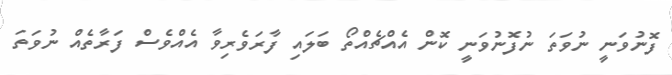
ފޮނުވަނީ ނުވަތަ ނުފޮނުވަނީ ކޮން އެއްޗެއްތޯ ބަލައި ފާރަވެރިވާ އެއްވެސް ފަރާތެއް ނުވަތަ